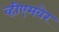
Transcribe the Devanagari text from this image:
व्हीएमवेर